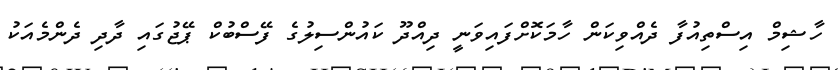
ހާޝިމް އިސްތިއުފާ ދެއްވިކަން ހާމަކޮށްފައިވަނީ ދިއްދޫ ކައުންސިލުގެ ފޭސްބުކް ޕޭޖުގައި ދާދި ދެންމެއަކު